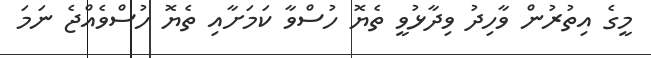
މީގެ އިތުރުން ވާހިދު ވިދާޅުވީ ތެޔޮ ހުސްވާ ކަމަށާއި ތެޔޮ ހުސްވެއްޖެ ނަމަ